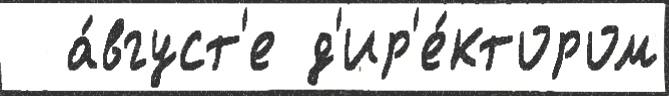
  а́вгуст'е д'ир'е́ктором